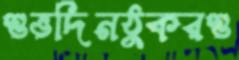
শুভদিনঠুকরশু